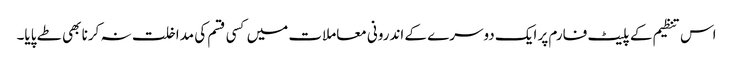
اس تنظیم کے پلیٹ فارم پر ایک دوسرے کے اندرونی معاملات میں کسی قسم کی مداخلت نہ کرنا بھی طے پایا۔